Bréfritari: Lárus Bjarnason
Dagsetning: A-1877-01-28
Skrifað á: Vesturheimi

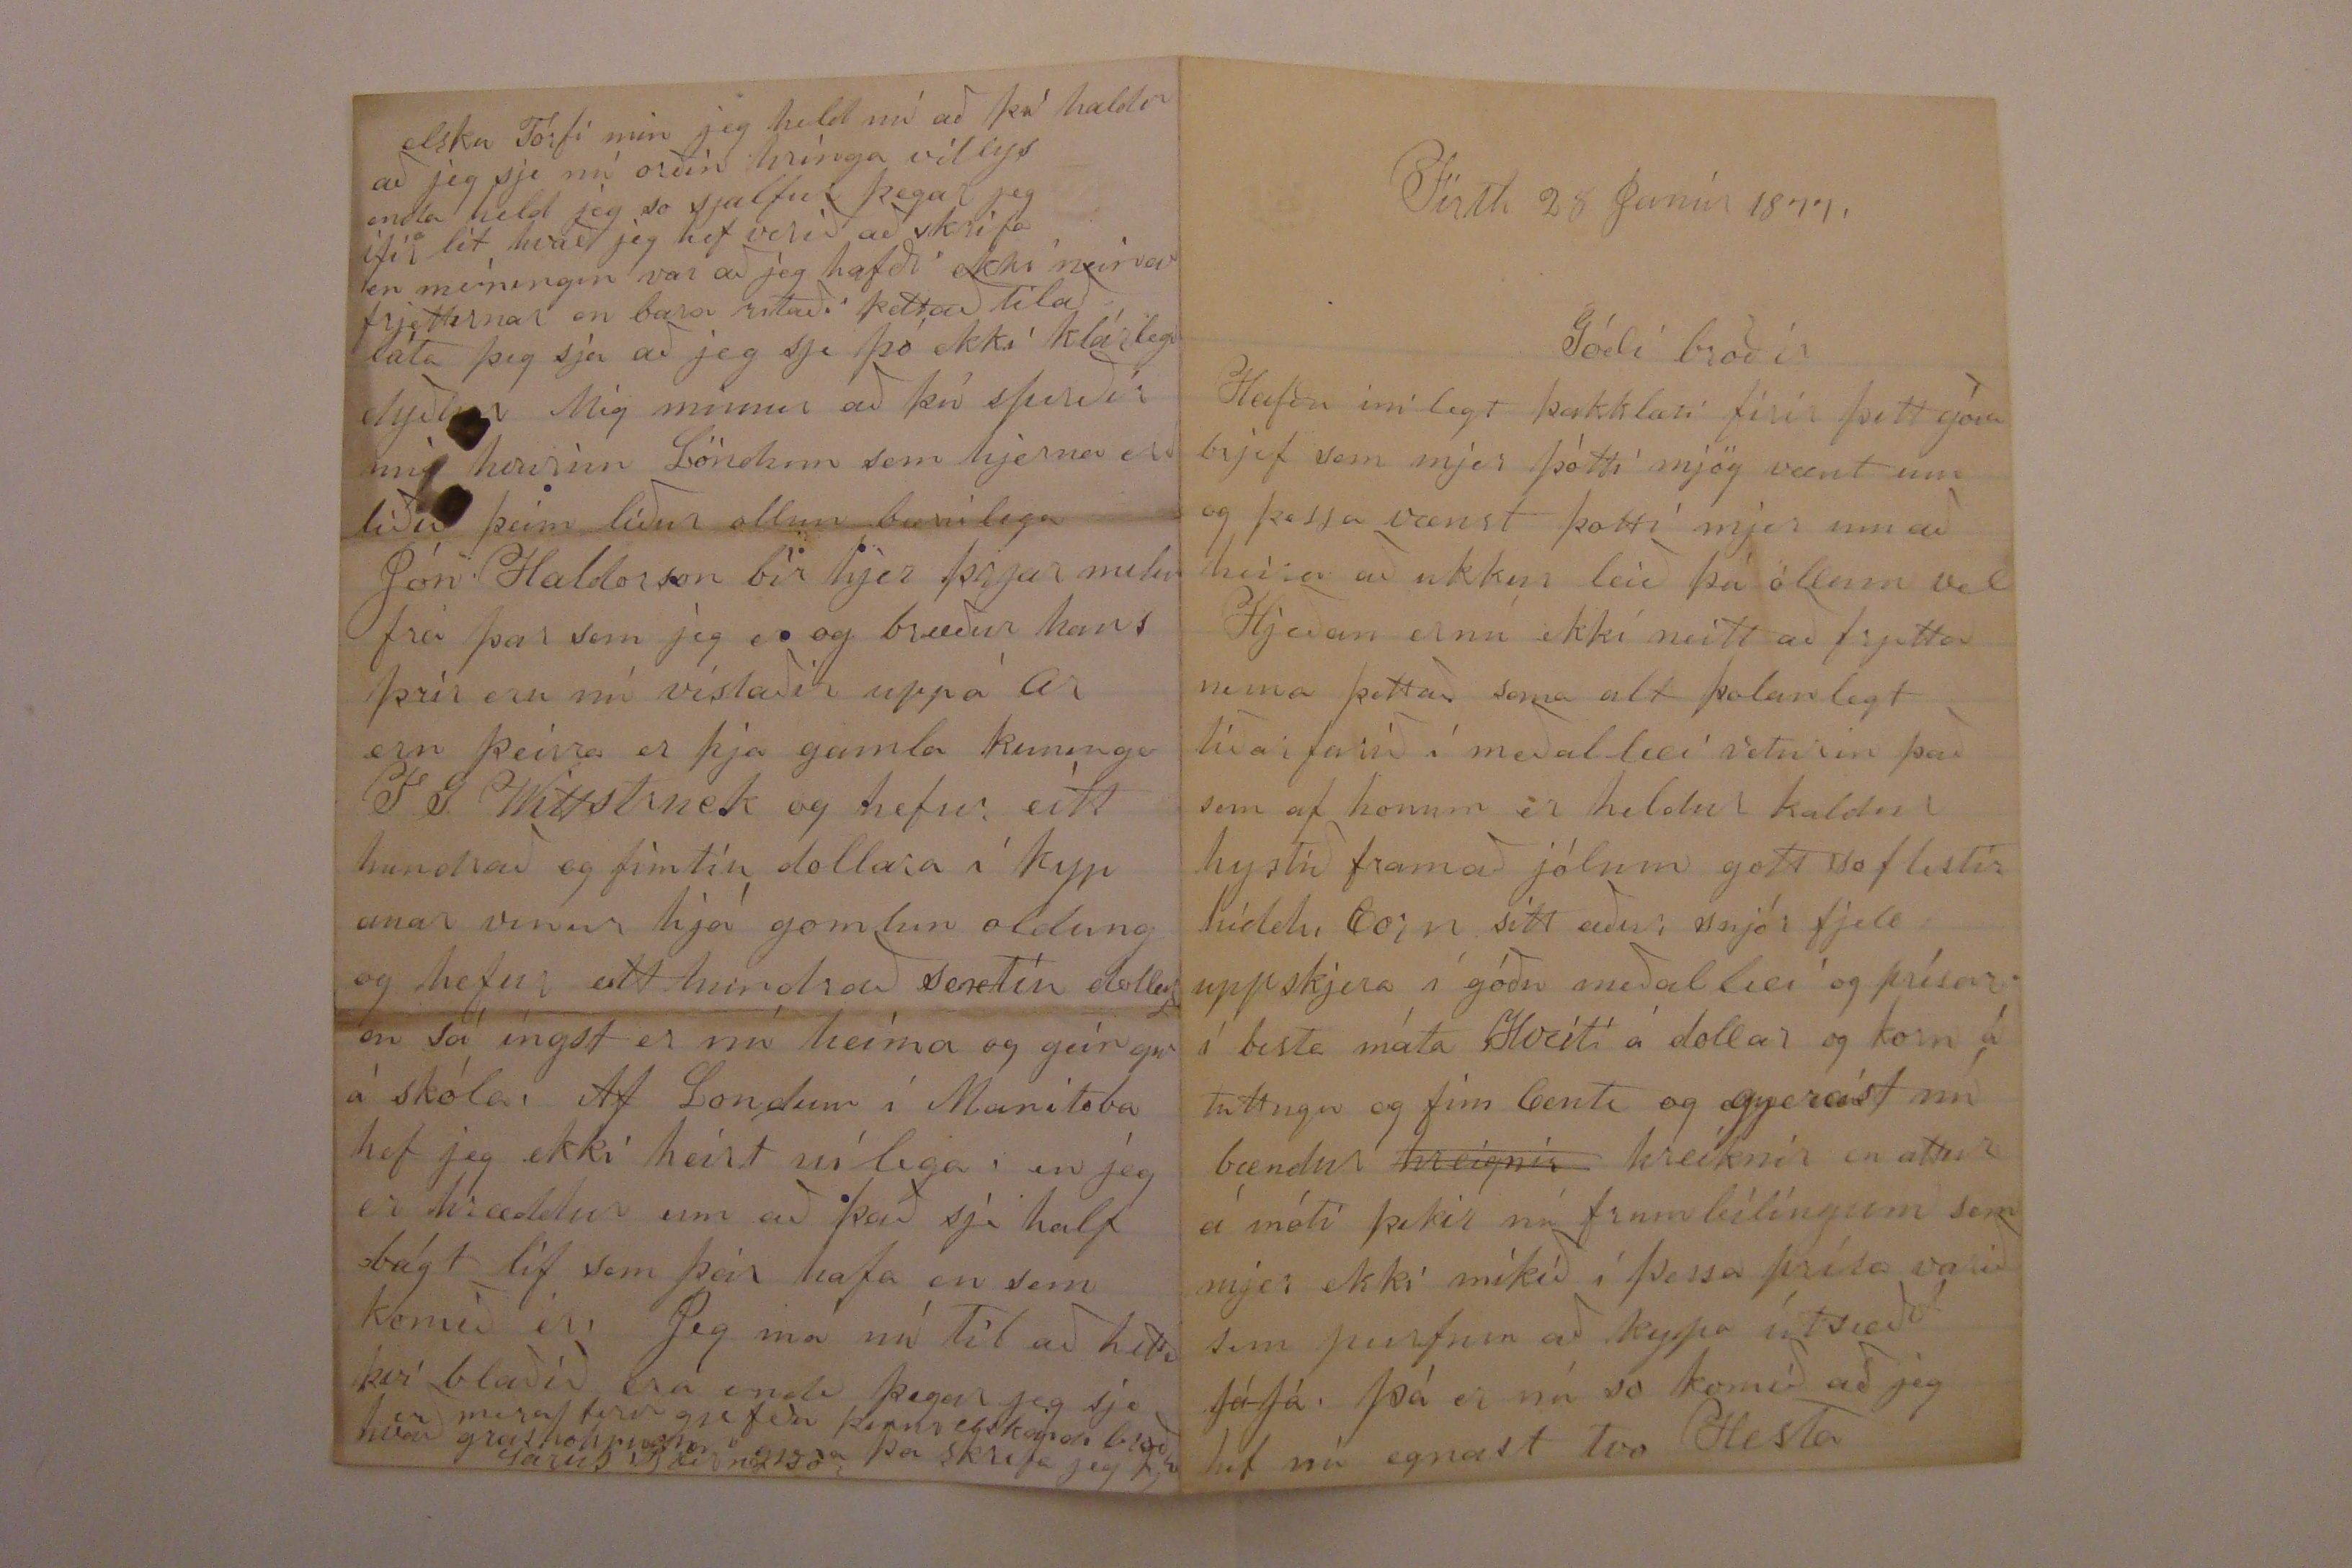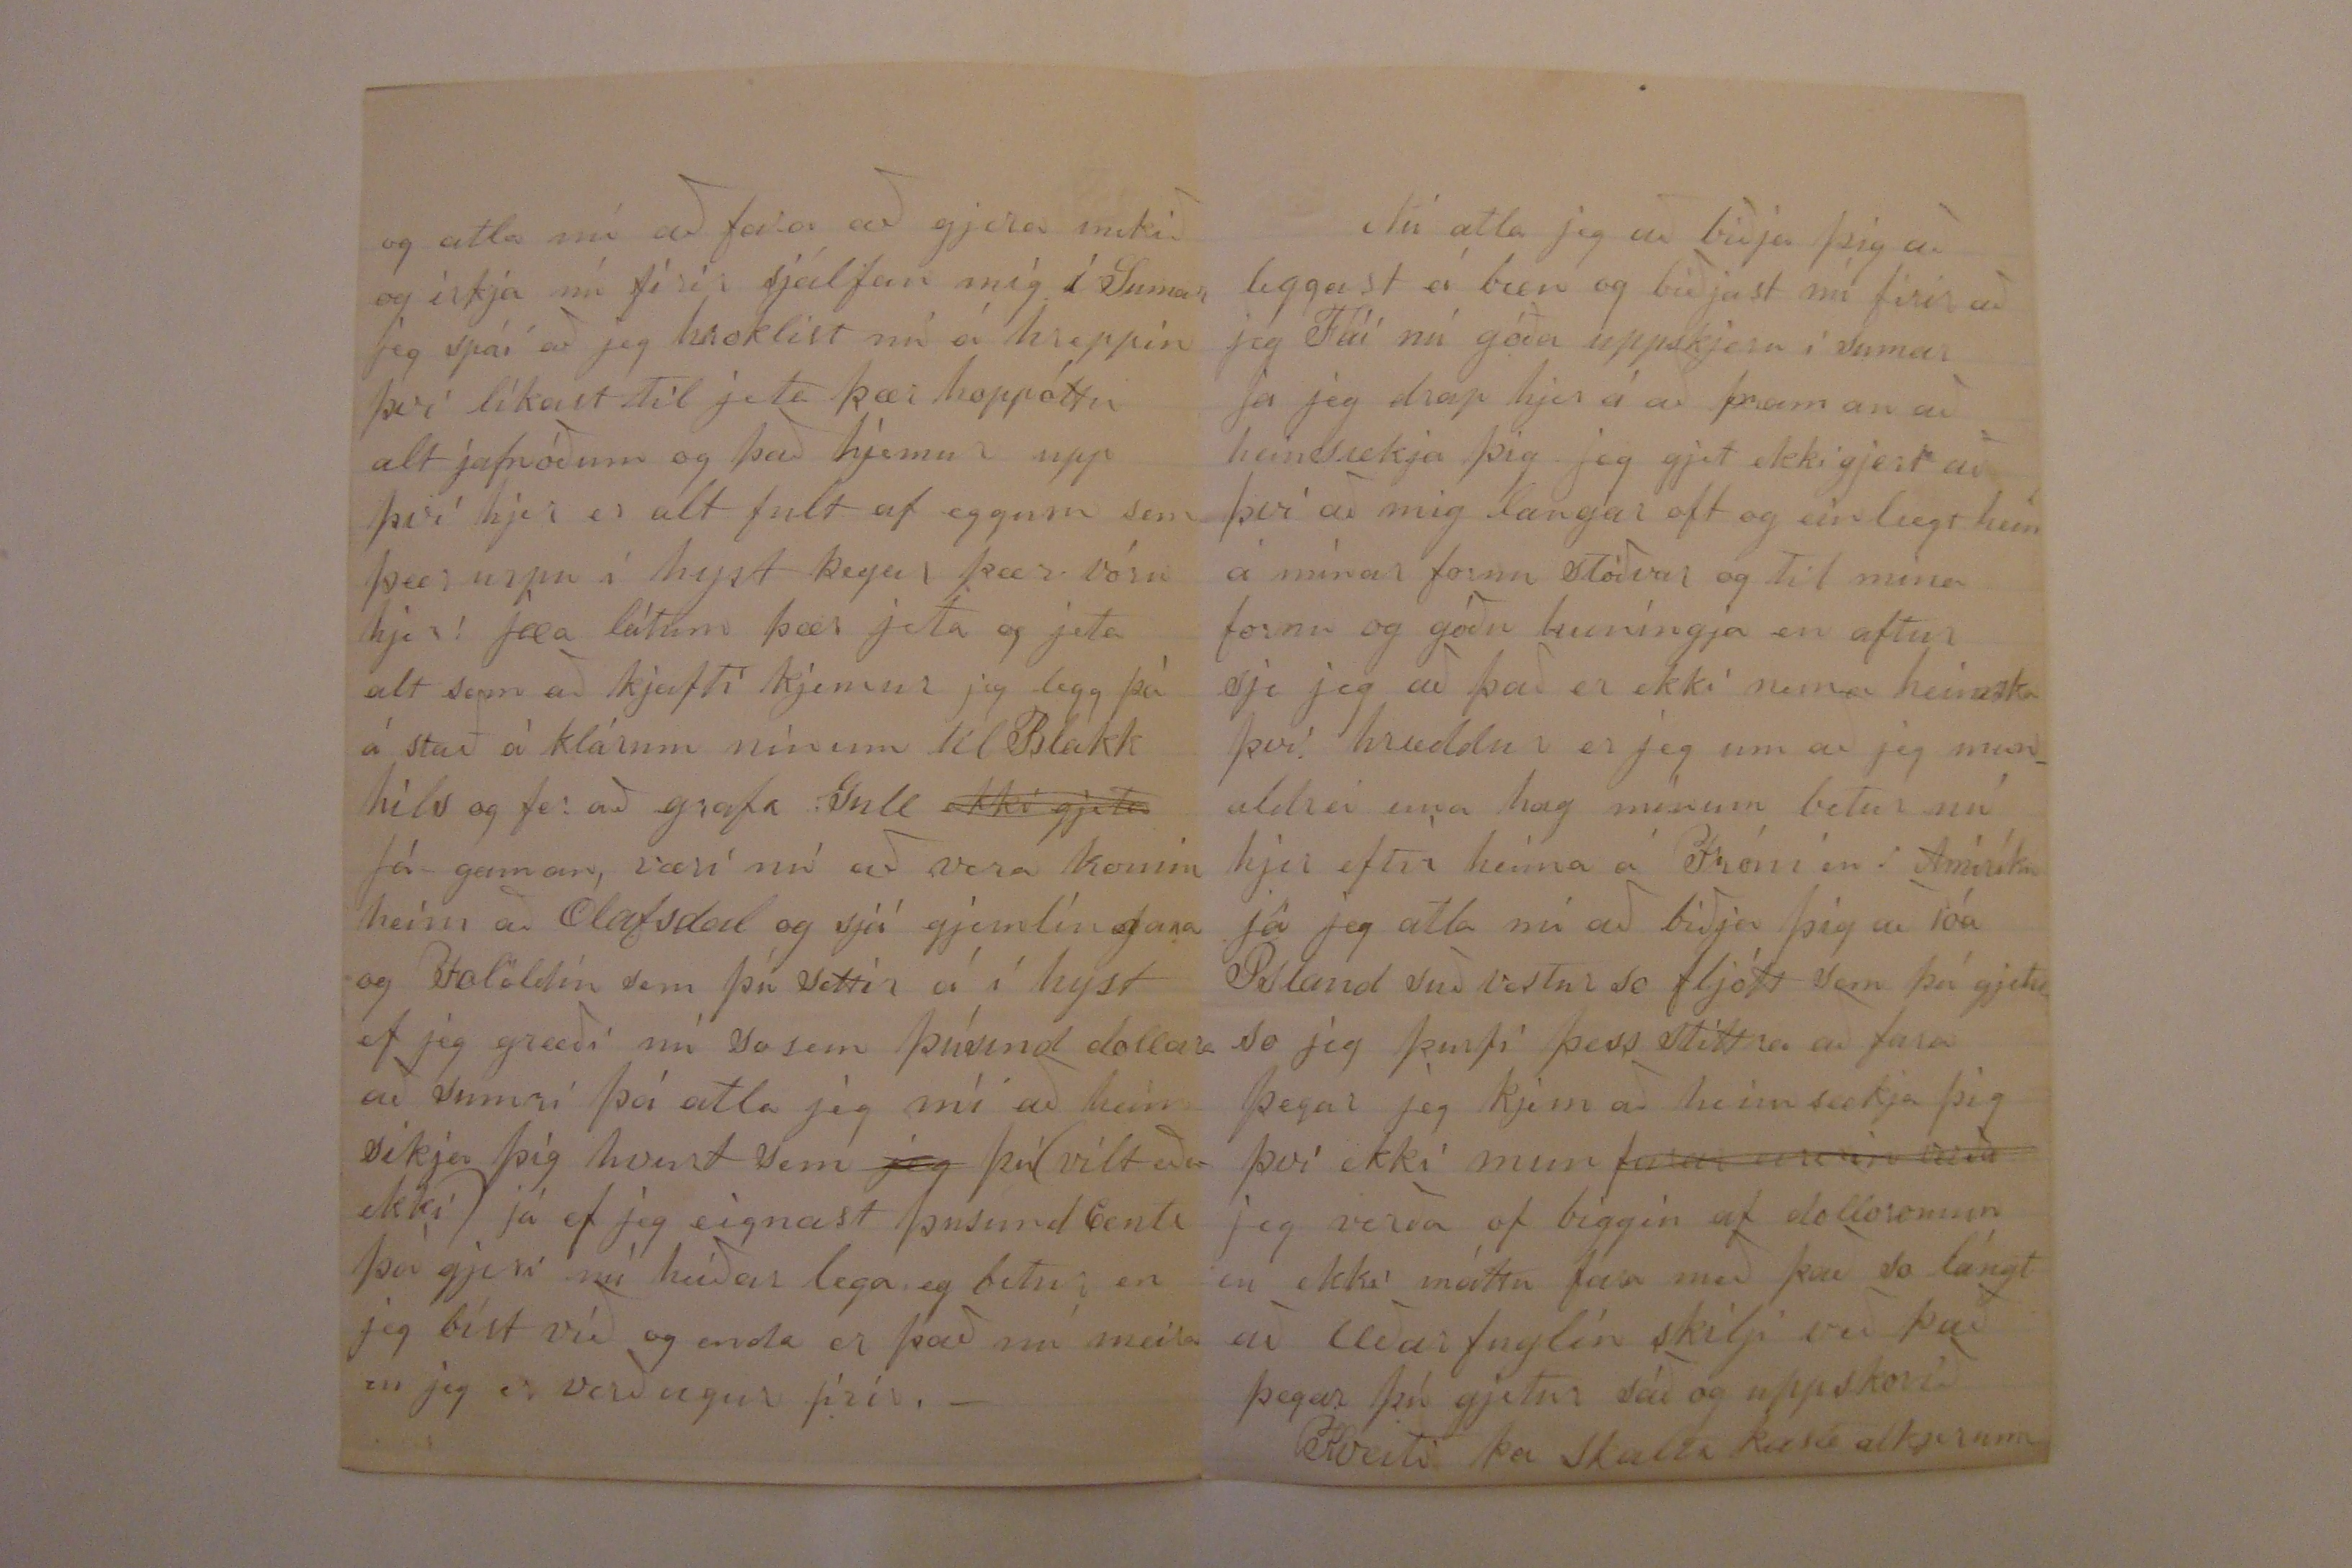

Firth 28 Janúr 1877.
Gódi bróðir
Hafðu inilegt þakklæti firir þitt góða brjef sem mjer þótti mjög vænt um og þessa vænst þotti mjer um að heira að ukkur leið þá öllum vel
Hjeðan ernú ekki neitt að frjetta nema þettað sama alt þolanlegt tíðarfarið í meðallæi veturin það sem af honum er heldur kaldur hystið framað jólum gott so flestir híddu Corn sitt aður snjór fjell uppskjera í góðu meðallæi og prísar í besta máta Hveiti á dollar og korn á tuttugu og fim Cents og
gjerast
nú bændur
hreignir
hreiknir en attur á móti þikir nú frumbílingum sem mjer ekki mikið í þessa prísa varið sem þurfum að kypa útsæðið
Já Já
. Þá er nú so komið að jeg hef nú egnast tvo Hesta
og atla nú að fara að gjera mikið og irkja nú firir sjálfan mig í Sumar jeg spái að jeg hroklist nú á hreppin því líkast til jeta þær hoppóttu alt jafnóðum og það kjemur upp því hjer er alt fult af eggum sem þær urpu í hyst þegar þær vóru hjer! jæa látum þær jeta og jeta alt sem að kjafti kjemur jeg legg þá á stað á klárum mínum til Blakkhils og fer að grafa Gull
ekki gjeta
Já gaman væri nú að vera komin heim að Ólafsdal og sjá gjemlíngana og Folöldin sem þú settir á í hyst ef jeg græði nú sosem þúsund dollara að sumri þá atla jeg nú að heimsikja þig hvurt sem
jeg
þú (vilt eða ekki) já ef jeg eignast þusund Cents þá gjeri nú heiðarlega og betur en jeg bíst við og enda er það nú meira en jeg er verðugur firir.-
Nú ætla jeg að biðja þig að leggast á bæn og biðjast nú firir að jeg Fái nú góða uppskjeru í sumar Ja jeg drap hjer á að framan að heinsækja þig jeg gjet ekki gjert að því að mig langar oft og einlægt heim á mínar fornu stöðvar og til mina fornu og góðu kuningja en aftur sje jeg að það er ekki nema heimska því hræddur er jeg um að jeg mun aldrei una hag mínum betur nú hjer eftir heima á Fróni en í Amiríku já jeg atla nú að biðja þig að róa Island suðvestur so fljótt sem þú gjetur so jeg þurfi þess stittra að fara þegar jeg kjem að heimsækja þig því ekki mun
farar eiririn verða
jeg verða of biggin af dolloronum en ekki máttu fara með það so lángt að æðarfuglin skilji við það þegar þú gjetur sáð og uppskorið Hveiti þa skaltu kasta
alkjerum
elsku Torfi min jeg held nú að þú haldir að jeg sje nú orðin hringa vitlys enda held jeg so sjalfur þegar jeg ifir lít hvað jeg hef verið að skrifa en meininin var að jeg hafði ekki neinar frjettirnar en bara ritaði þettað tilað láta þig sjá að jeg sje þó ekki klárlega dyður mig minnir að þú spirðir mig
hvurinn
Löndum sem hjerna eru líður þeim líður ollum bærilega Jón Haldorson bír hjer þrjar milur frá þar sem jeg er og bræður hans þrír eru nú vístaðir uppá ar ern þeirra er hja gamla kuninga
T G Wittstruck
og hefur eitt hundrað og fimtíu dollara í kyp anar vinur hjá gomlum oldung og hefur eitt hundrað sextíu
dollars
en sá íngst er nú heima og geingur á skóla. Af Londum í Manitoba hef jeg ekki heirt nílega en jeg er hræddur um að það sje half bágt líf sem þeir hafa en sem komið er. Jeg má nú til að hætta því blaðið er á enda þegar jeg sje hvað grashoppurnar gjera þa skrifa jeg þjer
mera firirgjefðu
þinum
elskandi broður
Larus Bjarnason